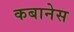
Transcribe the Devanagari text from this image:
कबानेस